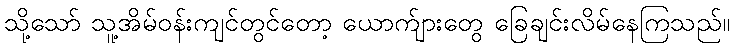
သို့သော် သူ့အိမ်ဝန်းကျင်တွင်တော့ ယောက်ျားတွေ ခြေချင်းလိမ်နေကြသည်။